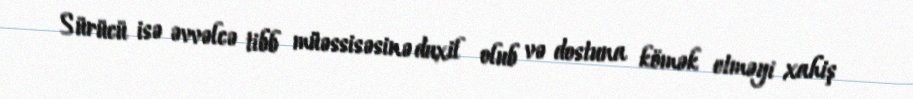
Sürücü isə əvvəlcə tibb müəssisəsinə daxil olub və dostuna kömək etməyi xahiş